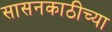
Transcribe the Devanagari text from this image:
सासनकाठीच्या